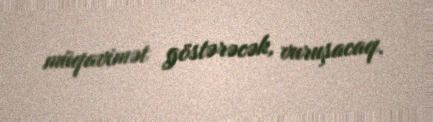
müqavimət göstərəcək, vuruşacaq.